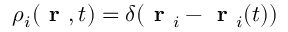
\rho _ { i } ( \textbf { r } , t ) = \delta ( \textbf { r } _ { i } - \textbf { r } _ { i } ( t ) )